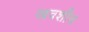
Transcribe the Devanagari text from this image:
खवशीच